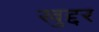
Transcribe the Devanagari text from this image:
खुद्दर